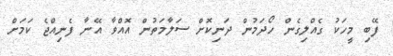
ފޭބި މީހަކު ގެއްލިގެން ހޯދަމުން ދަނިކޮށް ސަލާމަތުން އޮއްވާ އޭނާ ފެނިއްޖެ ކަމަށް